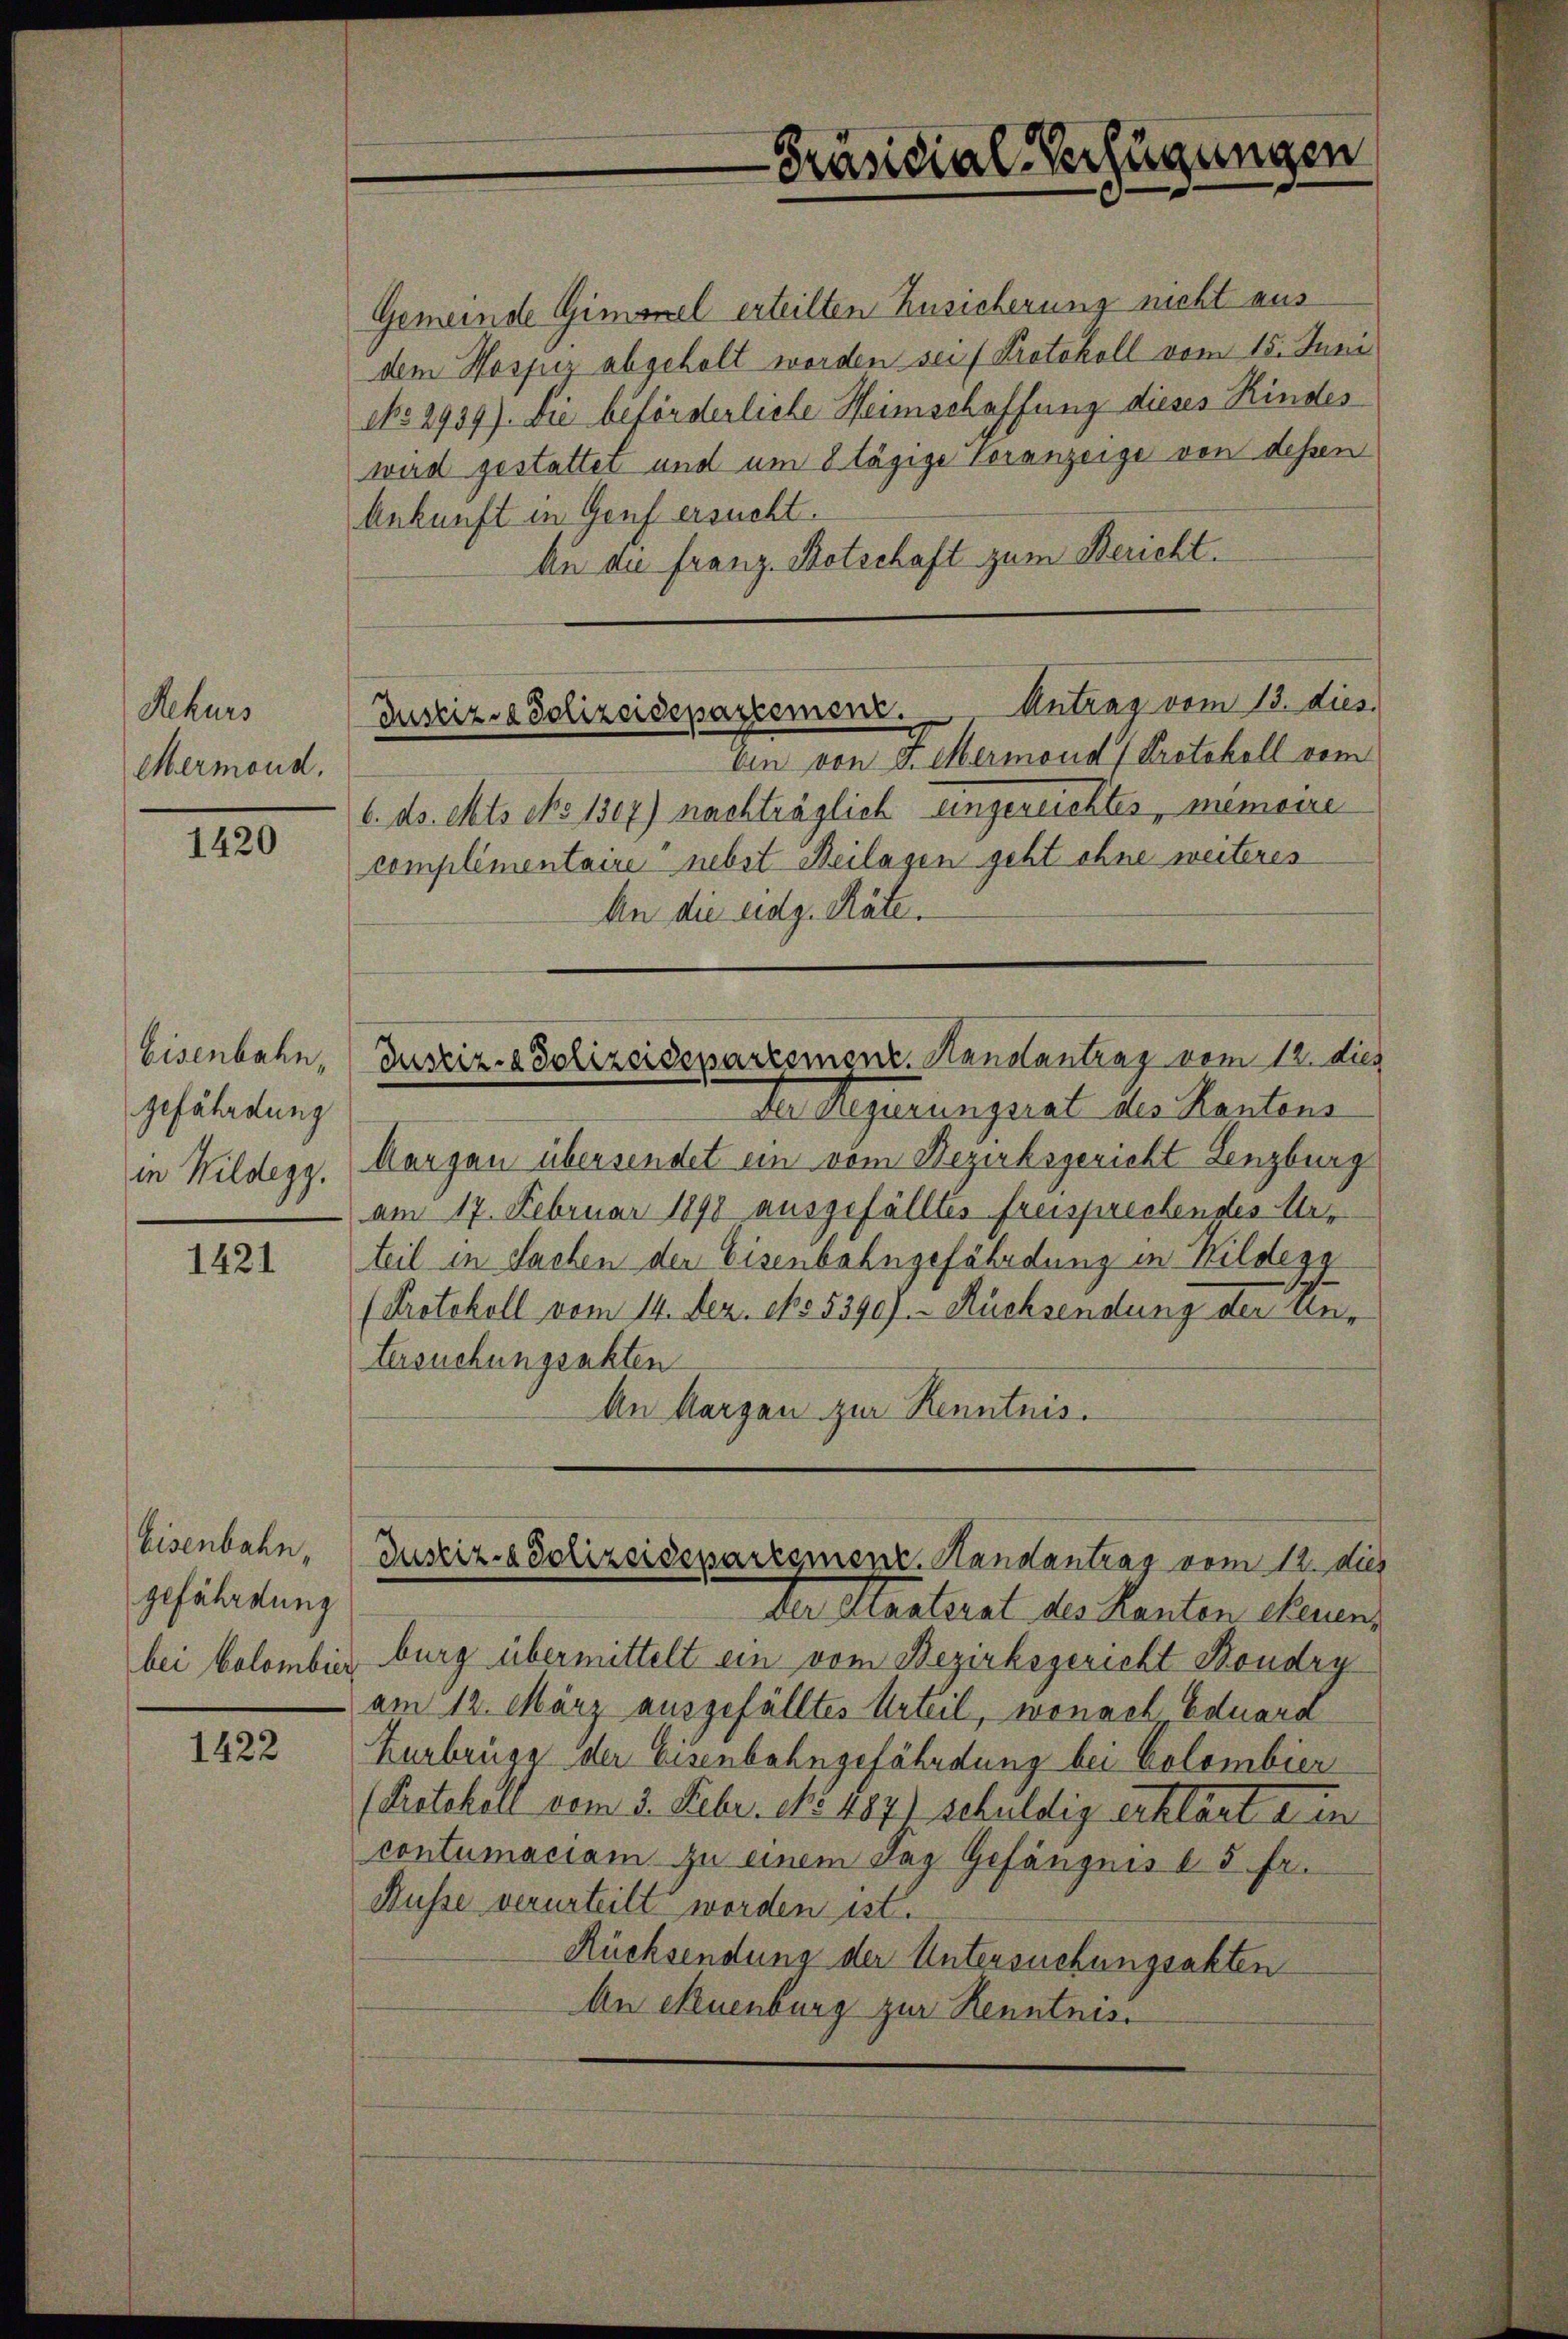
Rekurs
Mermond.

1420

Eisenbahn,
gefährdung
in Wildegg.

1421

Eisenbahn,
gefährdung
bei Colombier

1422

Antrag vom 13. dies
Justiz- & Polizeidepartement.

Gemeinde Gimorel erteilten Zusicherung nicht aus
dem Hospiz abgeholt worden sei (Protokoll vom 15. Juni
No 2939). Die beförderliche Heimschaffung dieses Kindeswird gestattet und um 8 tägige Voranzeige von dessen
Ankunft in Genf ersucht.
An an Franz. Botschaft zum Bericht.
Aen von Sr. Marmont Petitell vom
6. ds. Mts No 1307) nachträglich Eingereichtes, memoire
complimentaire nebst Beilagen geht ohne weiteres
An die eidg. Räte.
Justiz- & Polizeidepartement. Handlantrag vom 12. dies
Der Regierungerat des Kantons
Aargau übersendet ein vom Bezirksgericht Lenzburg
am 17. Februar 1890 ausgefälltes freisprechenstes Meteil in Sachen der Eisenbahngefährdung in Hildegg
(Protokoll vom 14. Dez. epo 5390). Auchsendung der un-
tersuchungsakten
An Margau zur Renntnis.

Präsidial-Verfügungen

burg übermittelt ein vom Bezirksgericht Boudry
am 12. März ausgefälltes Urteil, wonach Eduard
Hurbrügg der Eisenbahngefährdung bei Colombier
(Protokoll vom 3. Febr. No 487) schuldig erklärt ein
contumaciam zu einem Tag Gefängnis d. 5 fr.
Musse verurteilt worden ist.
Rücksendung der Untersuchungsakten
An Neuenburg zur Renntnis

Justiz- & Polizeidesaresment. Handantrag vom 12. dies
Der Stasterat des Kanten chauens